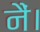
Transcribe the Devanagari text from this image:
नैं।